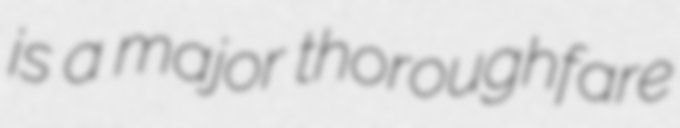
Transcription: is a major thoroughfare